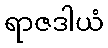
ရာဇဒါယံ